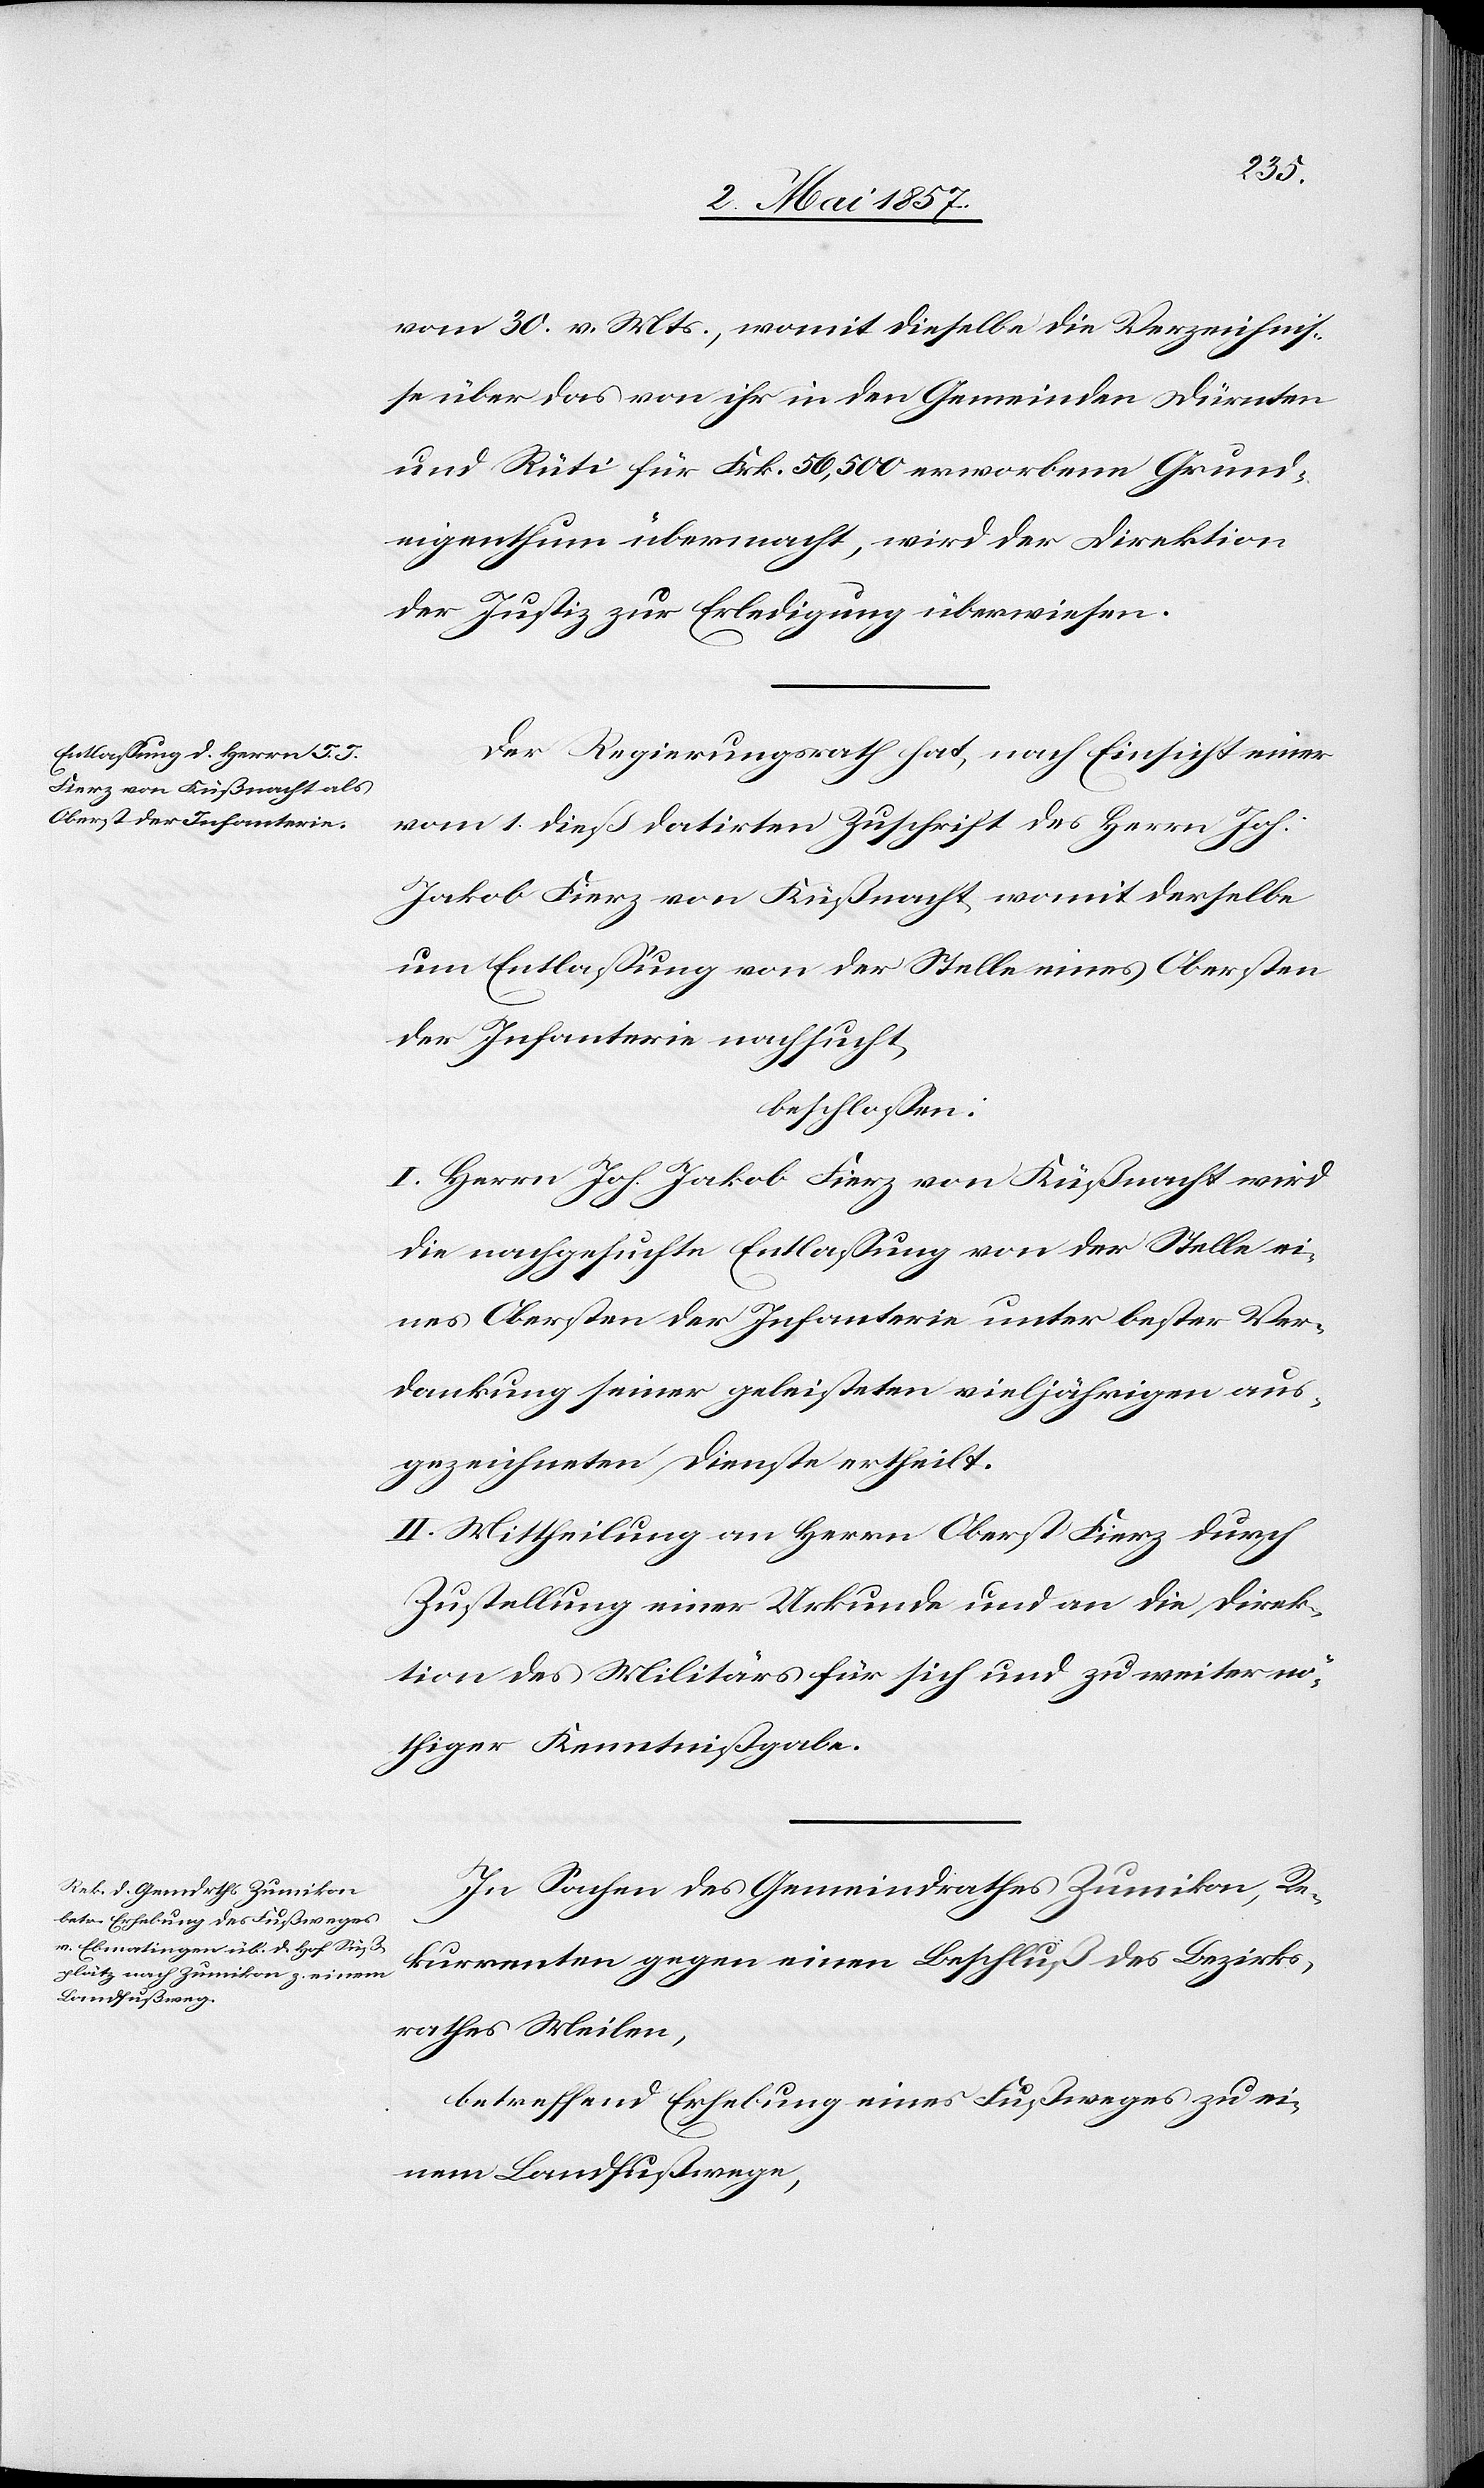
Landfußwege,

vom 30. v. Mts., womit dieselbe die Verzeichnis¬
se über das von ihr in den Gemeinden Dürnten
und Rüti für Frk. 56,500 erworbene Grund¬
eigenthum übermacht, wird der Direktion
nem
der Justiz zur Erledigung überwiesen.
Der Regierungsrath hat, nach Einsicht einer
vom 1 dieß datirten Zuschrift des Herrn Joh.
Jakob Fierz von Küßnacht womit derselbe
um Entlaßung von der Stelle eines Obersten
der Infanterie nachsucht,
beschlossen:
I. Herrn Joh. Jakob Fierz von Küßnacht wird
die nachgesuchte Entlassung von der Stelle ei¬
nes Obersten der Infanterie unter bester Ver¬
dankung seiner geleisteten vieljährigen aus¬
gezeichneten Dienste ertheilt.
II. Mittheilung an Herrn Oberst Fierz durch
Zustellung einer Urkunde und an die Direk¬
tion des Militärs für sich und zu weiterer nö¬
thiger Kenntnißgabe.
In Sachen des Gemeindrathes Zumikon, Re¬
kurrenten gegen einen Beschluß des Bezirks¬
rathes Meilen,
betreffend Erhebung eines Fußweges zu ei¬